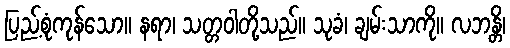
ပြည့်စုံကုန်သော။ နရာ၊ သတ္တဝါတို့သည်။ သုခံ၊ ချမ်းသာကို။ လဘန္တိ၊